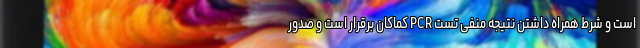
است و شرط همراه داشتن نتیجه منفی تست PCR کماکان برقرار است و صدور